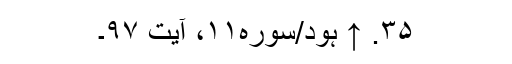
۳۵. ↑ ہود/سوره۱۱، آیت ۹۷۔